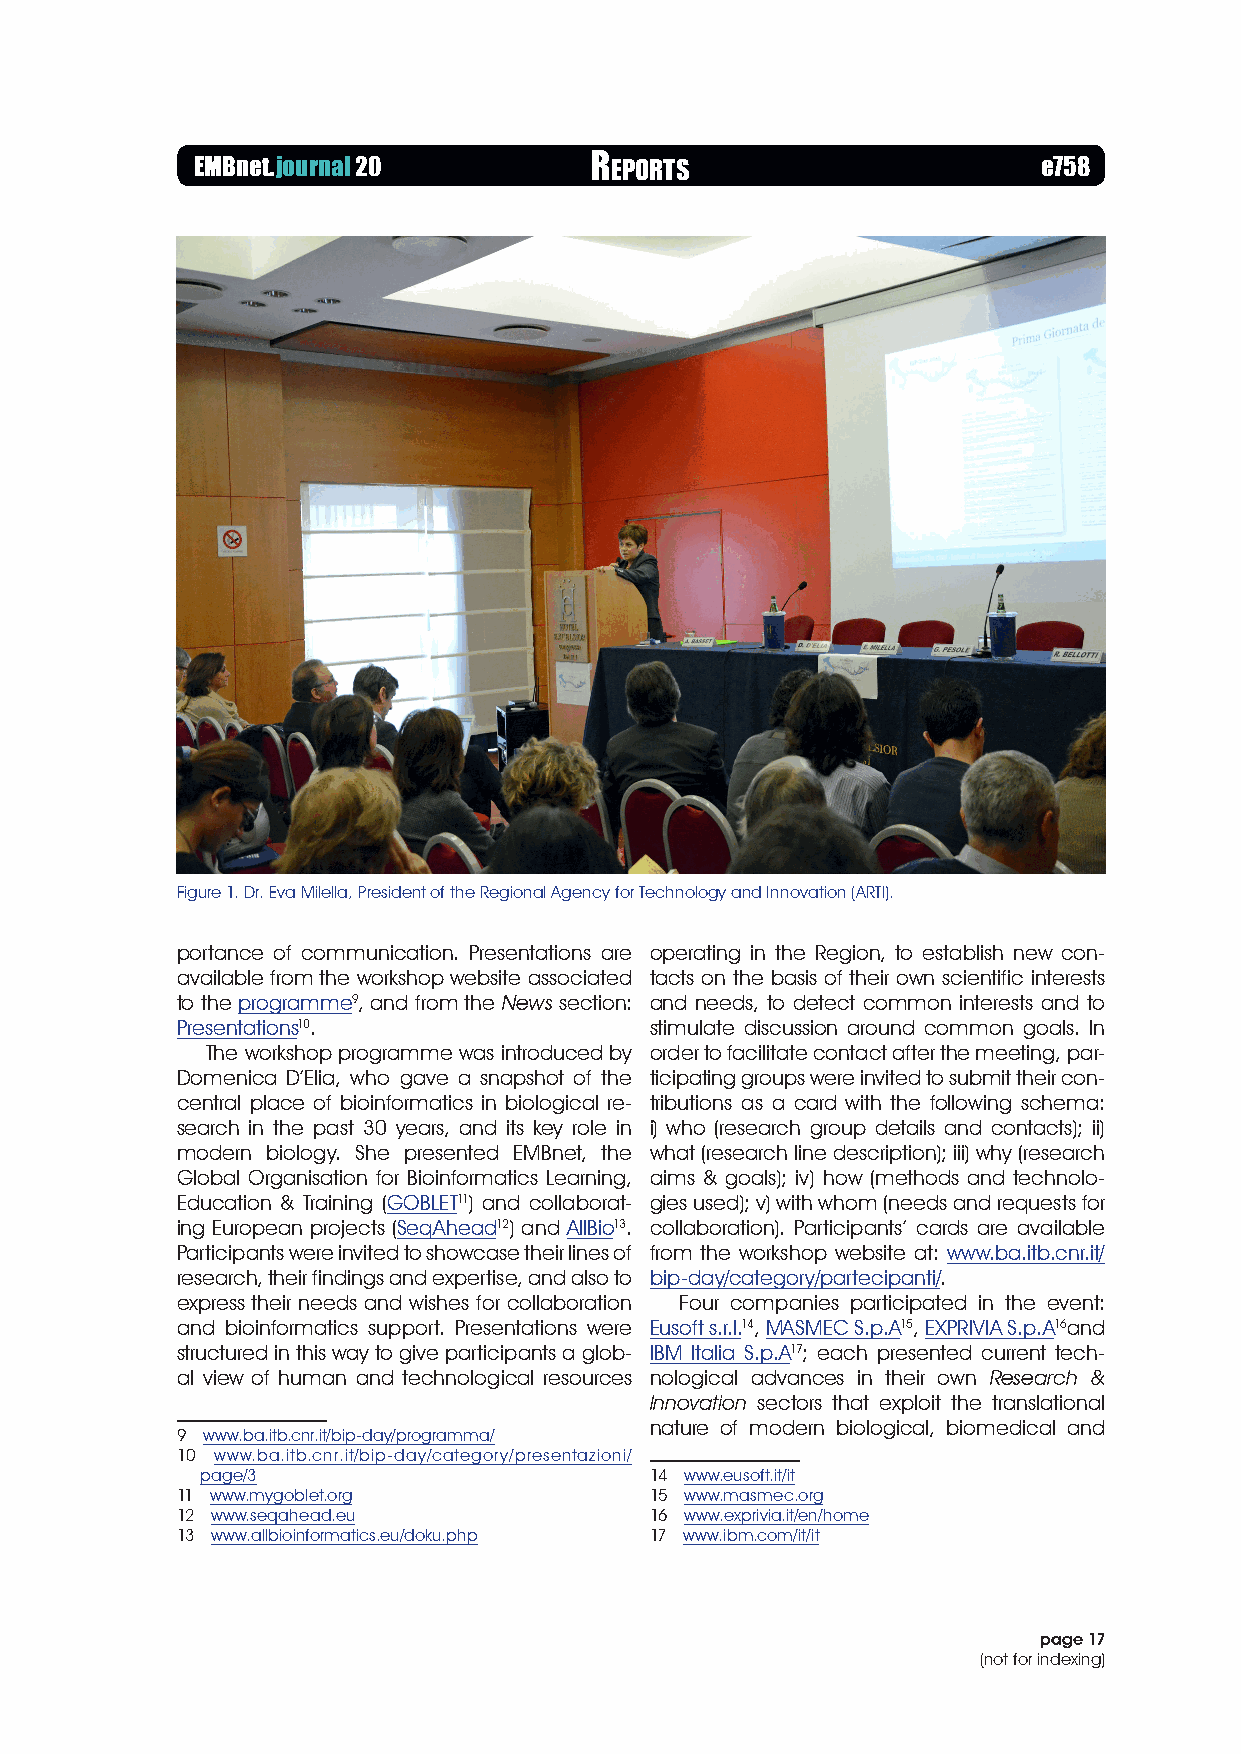
EMBnet.journal 20         r Eports                      e758
 Figure 1. Dr. Eva Milella, President of the Regional Agency for Technology and Innovation (ARTI).
 portance of communication. Presentations are operating in the Region, to establish new con-
 available from the workshop website associated tacts on the basis of their own scientific interests
 to the programme9, and from the News section: and needs, to detect common interests and to
 Presentations10.               stimulate discussion around common goals. In
 The workshop programme was introduced by order to facilitate contact after the meeting, par-
 Domenica D’Elia, who gave a snapshot of the ticipating groups were invited to submit their con-
 central place of bioinformatics in biological re- tributions as a card with the following schema:
 search in the past 30 years, and its key role in i) who (research group details and contacts); ii)
 modern biology. She presented EMBnet, the what (research line description); iii) why (research
 Global Organisation for Bioinformatics Learning, aims & goals); iv) how (methods and technolo-
 Education & Training (GOBLET11) and collaborat- gies used); v) with whom (needs and requests for
 ing European projects (SeqAhead12) and AllBio13. collaboration). Participants’ cards are available
 Participants were invited to showcase their lines of from the workshop website at: www.ba.itb.cnr.it/
 research, their findings and expertise, and also to bip-day/category/partecipanti/.
 express their needs and wishes for collaboration Four companies participated in the event:
 and bioinformatics support. Presentations were Eusoft s.r.l.14, MASMEC S.p.A15, EXPRIVIA S.p.A16and
 structured in this way to give participants a glob- IBM Italia S.p.A17; each presented current tech-
 al view of human and technological resources nological advances in their own Research &
 Innovation sectors that exploit the translational
 nature of modern biological, biomedical and
 9 www.ba.itb.cnr.it/bip-day/programma/
 10 www.ba.itb.cnr.it/bip-day/category/presentazioni/
 page/3                        14 www.eusoft.it/it
 11 www.mygoblet.org            15 www.masmec.org
 12 www.seqahead.eu             16 www.exprivia.it/en/home
 13 www.allbioinformatics.eu/doku.php 17 www.ibm.com/it/it
 page 17
 (not for indexing)